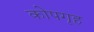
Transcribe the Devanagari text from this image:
कोपगृह